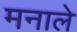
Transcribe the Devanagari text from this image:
मनाले